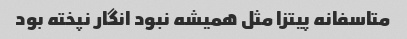
متاسفانه پیتزا مثل همیشه نبود انگار نپخته بود